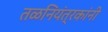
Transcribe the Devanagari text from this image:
तळनियंत्रकांनी